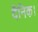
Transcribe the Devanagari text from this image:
दैनिक।